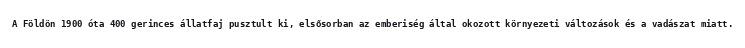
A Földön 1900 óta 400 gerinces állatfaj pusztult ki, elsősorban az emberiség által okozott környezeti változások és a vadászat miatt.